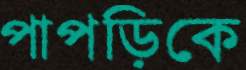
পাপড়িকে